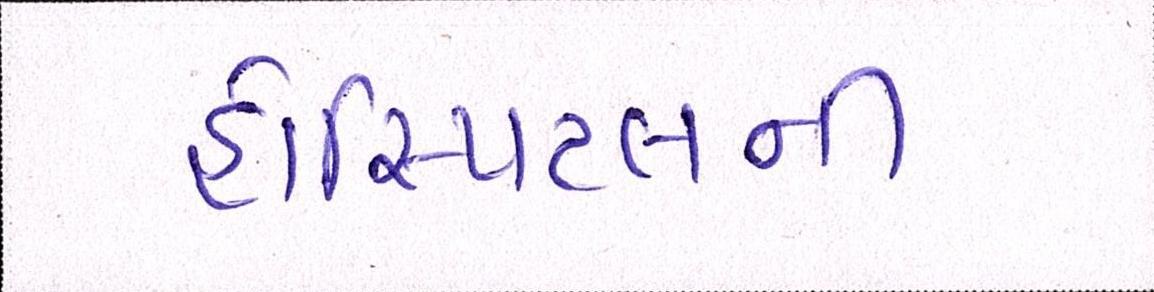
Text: હોસ્પિટલની